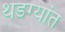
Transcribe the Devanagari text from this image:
थडग्यांत